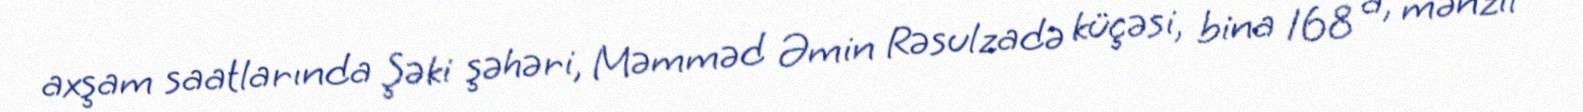
axşam saatlarında Şəki şəhəri, Məmməd Əmin Rəsulzadə küçəsi, bina 168 a, mənzil